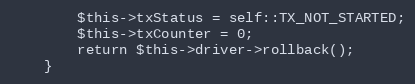
Language: PHP
		$this->txStatus = self::TX_NOT_STARTED;
		$this->txCounter = 0;
		return $this->driver->rollback();
	}